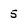
Character: 5